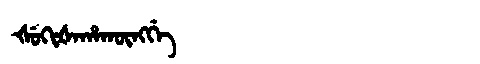
Manchu: ᡧᡠᡴᡳᡧᠠᡥᠠᡴᡡᠩᡤᡝ
Romanization: ŠUKIŠAHAKŪNGGE